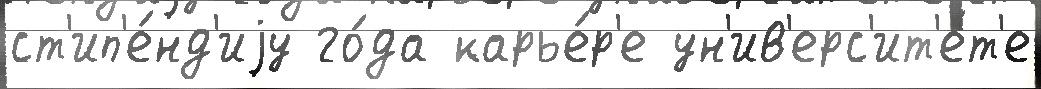
ст'ип'е́нд'иjу го́да карье́р'е ун'ив'ерс'ит'е́т'е